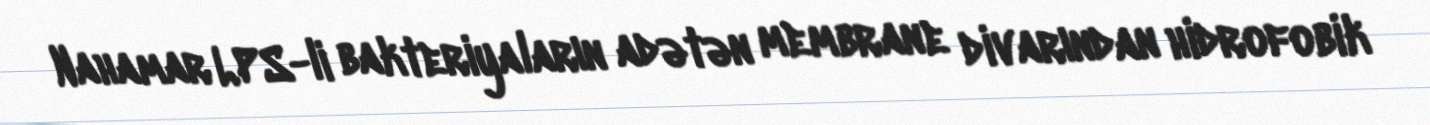
Nahamar LPS-li bakteriyaların adətən membrane divarından hidrofobik